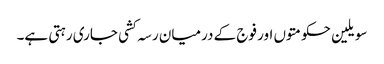
سویلین حکومتوں اور فوج کے درمیان رسہ کشی جاری رہتی ہے۔